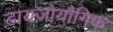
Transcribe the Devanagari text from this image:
डायज़ोयौगिक